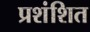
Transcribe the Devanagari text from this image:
प्रशंशित